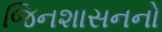
જિનશાસનનો